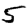
Digit: 5